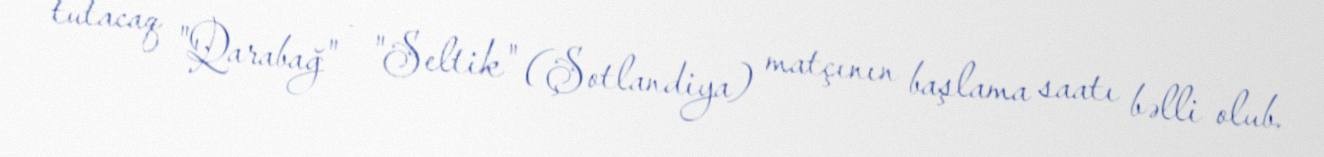
tutacaq "Qarabağ" - "Seltik" (Şotlandiya) matçının başlama saatı bəlli olub.